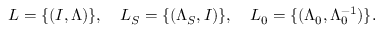
L = \{ ( I , \Lambda ) \} , \quad L _ { S } = \{ ( \Lambda _ { S } , I ) \} , \quad L _ { 0 } = \{ ( \Lambda _ { 0 } , \Lambda _ { 0 } ^ { - 1 } ) \} .